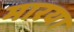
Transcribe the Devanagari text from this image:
मारया